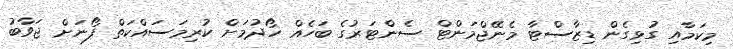
މިކަމާއި ގުޅިގެން ޑިޒާސްޓާ މެނޭޖްމަންޓް ސެންޓަރުގެ ބަހެއް ހޯދުމަށް ކުރިމަސައްކަތް ފޯނަށް ޖަވާބު